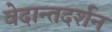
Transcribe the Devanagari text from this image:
वेदान्तदर्शन